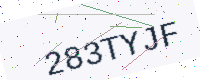
Text: 283TYJF